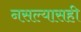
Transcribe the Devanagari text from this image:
नसल्यासही